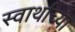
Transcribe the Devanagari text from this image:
स्वार्थाच्या